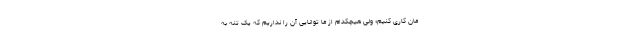
مان کاری کنیم؛ ولی هیچکدام از ما توانایی آن را نداریم که یک تنه به